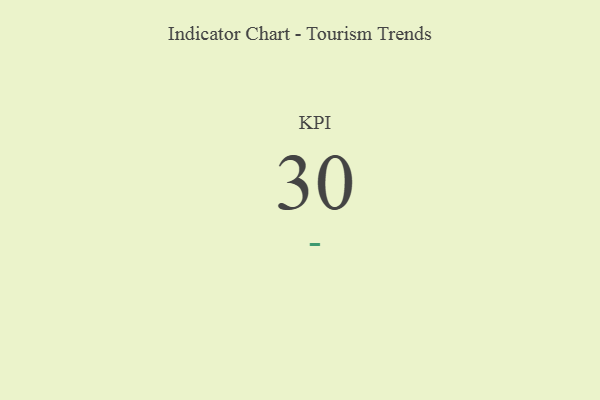
{"axis": {"x": "KPI", "y": "Value"}, "legend": [""], "data": [{"x": "KPI", "y": 30, "type": ""}]}